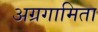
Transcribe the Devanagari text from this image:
अग्रगामिता